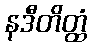
နဒီတိတ္ထံ